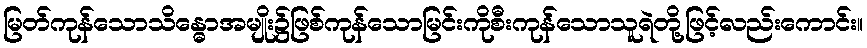
မြတ်ကုန်သောသိန္ဓောအမျိုး၌ဖြစ်ကုန်သောမြင်းကိုစီးကုန်သောသူရဲတို့ဖြင့်လည်းကောင်း။